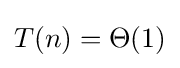
T(n)=\Theta (1)